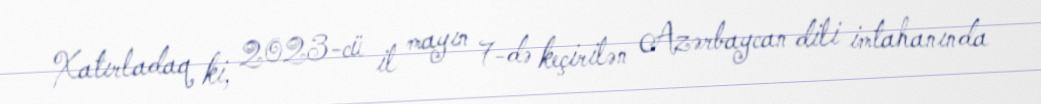
Xatırladaq ki, 2023-cü il mayın 7-də keçirilən Azərbaycan dili imtahanında